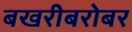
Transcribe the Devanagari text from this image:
बखरीबरोबर